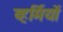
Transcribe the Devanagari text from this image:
व्हर्मियों